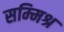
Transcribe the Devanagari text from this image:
सम्‍मिश्र